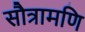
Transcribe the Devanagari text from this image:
सौत्रामणि